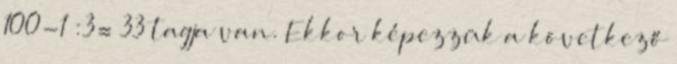
100-1 :3= 33 tagja van. Ekkor képezzük a következő